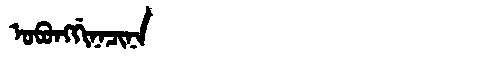
Manchu: ᠣᠪᠣᠩᡤᡳᠨᠠᠴᡳᠨᠠ
Romanization: OBONGGINACINA